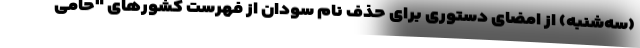
(سه‌شنبه) از امضای دستوری برای حذف نام سودان از فهرست کشورهای "حامی